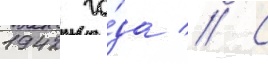
1942 го́да // С